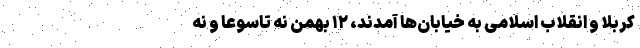
کربلا و انقلاب اسلامی به خیابان‌ها آمدند، ۱۲ بهمن نه تاسوعا و نه